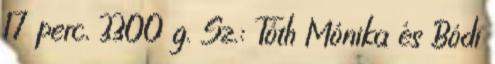
17 perc, 3300 g. Sz.: Tóth Mónika és Bódi